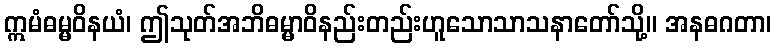
ဣမံဓမ္မဝိနယံ၊ ဤသုတ်အဘိဓမ္မာဝိနည်းတည်းဟူသောသာသနာတော်သို့။ အနဓဂတာ၊